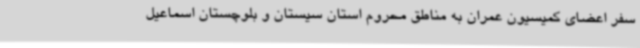
سفر اعضای کمیسیون عمران به مناطق محروم استان سیستان و بلوچستان اسماعیل